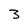
Character: 3